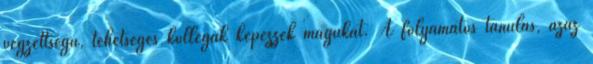
végzettségû, tehetséges kollégák képezzék magukat. A folyamatos tanulás, azaz